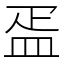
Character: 㿿